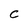
Character: C